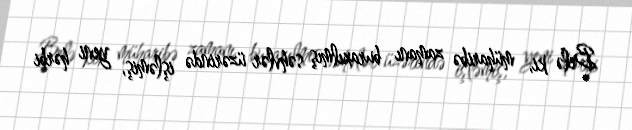
Belə ki, müharibə zamanı buraxılmış səhvlər üzərində işləmiş, yeni hərbi